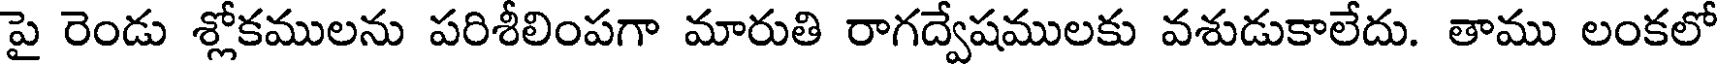
పై రెండు శ్లోకములను పరిశీలింపగా మారుతి రాగద్వేషములకు వశుడుకాలేదు. తాము లంకలో